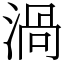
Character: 渦